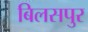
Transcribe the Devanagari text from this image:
बिलसपुर